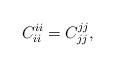
LaTeX: \begin{align*} C_{ii}^{ii}=C_{jj}^{jj},\end{align*}